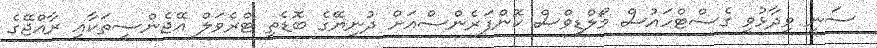
ސަނީ ވިދާޅުވީ ގެސްޓްހައުސް މޯލްޑިވްސް ކޮންފަރެންސްއަށް ދުނިޔޭގެ ބޮޑެތި ޓްރެވަލް އޭޖެންސީތަކާއި ރާއްޖޭގެ